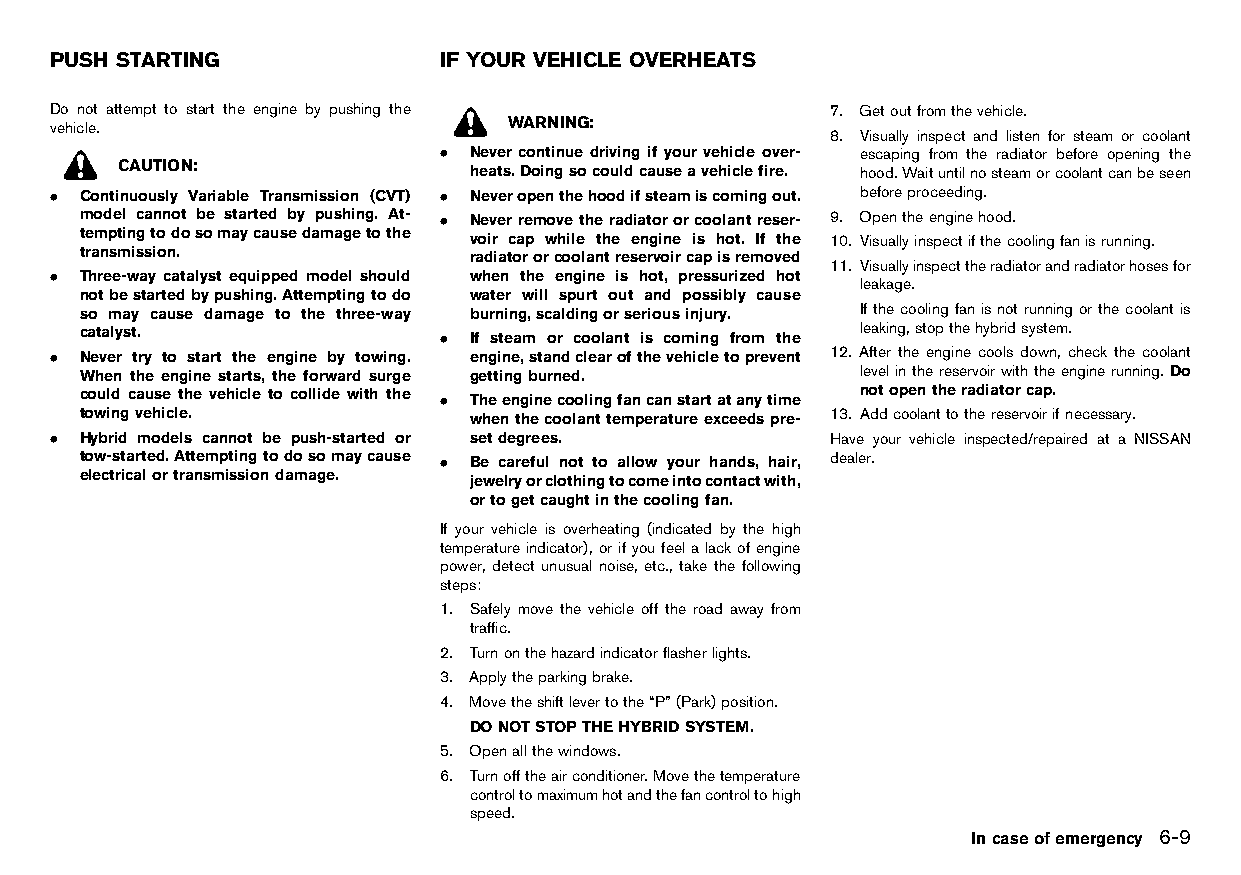
(231,1)
 PUSH STARTING             IF YOUR VEHICLE OVERHEATS
 HT32A1-F123FE9F-EA80-4BD4-8400-0FE8D527FD22 HT32A1-0650D05A-CC67-40AA-8C96-B273BCC7A50B
 Do not attempt to start the engine by pushing the   7. Getoutfromthevehicle.
 vehicle.                      WARNING:
 8. Visually inspect and listen for steam or coolant
 . Never continue driving if your vehicle over- escaping from the radiator before opening the
 CAUTION:               heats.Doingsocouldcauseavehiclefire. hood.Waituntilnosteamorcoolantcanbeseen
 . Continuously Variable Transmission (CVT) . Neveropenthehoodifsteamiscomingout. beforeproceeding.
 model cannot be started by pushing. At- . Neverremovetheradiatororcoolantreser- 9. Opentheenginehood.
 temptingtodosomaycausedamagetothe voir cap while the engine is hot. If the 10. Visuallyinspectifthecoolingfanisrunning.
 transmission.             radiatororcoolantreservoircapisremoved
 11. Visuallyinspecttheradiatorandradiatorhosesfor
 . Three-way catalyst equipped model should when the engine is hot, pressurized hot
 leakage.
 notbestartedbypushing.Attemptingtodo water will spurt out and possibly cause
 so may cause damage to the three-way burning,scaldingorseriousinjury. Ifthecoolingfanisnotrunningorthecoolantis
 catalyst.               . If steam or coolant is coming from the leaking,stopthehybridsystem.
 . Never try to start the engine by towing. engine,standclearofthevehicletoprevent 12. After the engine cools down, check the coolant
 When the engine starts, the forward surge gettingburned. levelinthereservoirwiththeenginerunning.Do
 could cause the vehicle to collide with the . Theenginecoolingfancanstartatanytime notopentheradiatorcap.
 towingvehicle.            whenthecoolanttemperatureexceedspre- 13. Addcoolanttothereservoirifnecessary.
 . Hybrid models cannot be push-started or setdegrees. Have your vehicle inspected/repaired at a NISSAN
 tow-started.Attemptingtodosomaycause . Be careful not to allow your hands, hair, dealer.
 electricalortransmissiondamage. jewelryorclothingtocomeintocontactwith,
 ortogetcaughtinthecoolingfan.
 If your vehicle is overheating (indicated by the high
 temperature indicator),orifyoufeelalackofengine
 power, detect unusual noise, etc., take the following
 steps:
 1. Safely move the vehicle off the road away from
 traffic.
 2. Turnonthehazardindicatorflasherlights.
 3. Applytheparkingbrake.
 4. Movetheshiftlevertothe“P”(Park)position.
 DONOTSTOPTHEHYBRIDSYSTEM.
 5. Openallthewindows.
 6. Turnofftheairconditioner.Movethetemperature
 controltomaximumhotandthefancontroltohigh
 speed.
 Incaseofemergency 6-9
 Condition:                        [Edit:2015/8/24 Model: HT32-A]